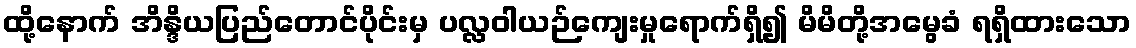
ထို့နောက် အိန္ဒိယပြည်တောင်ပိုင်းမှ ပလ္လဝါယဉ်ကျေးမှုရောက်ရှိ၍ မိမိတို့အမွေခံ ရရှိထားသော